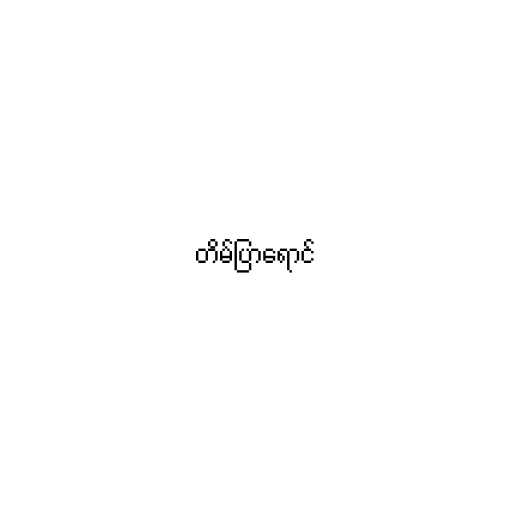
တိမ်ပြာရောင်